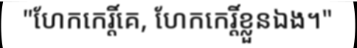
"ហែកកេរ្តិ៍គេ, ហែកកេរ្តិ៍ខ្លួនឯង។"